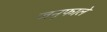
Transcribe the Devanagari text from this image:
जनूफाले